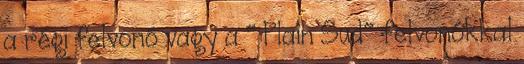
a régi felvonó vagy a " Plain Sud" felvonókkal